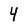
Character: 4